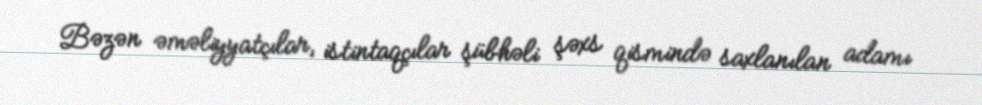
Bəzən əməliyyatçılar, istintaqçılar şübhəli şəxs qismində saxlanılan adamı